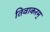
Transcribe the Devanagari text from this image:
तिवाकरम्